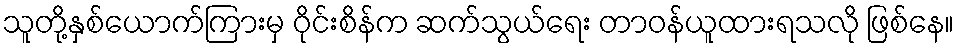
သူတို့နှစ်ယောက်ကြားမှ ဝိုင်းစိန်က ဆက်သွယ်ရေး တာဝန်ယူထားရသလို ဖြစ်နေ။